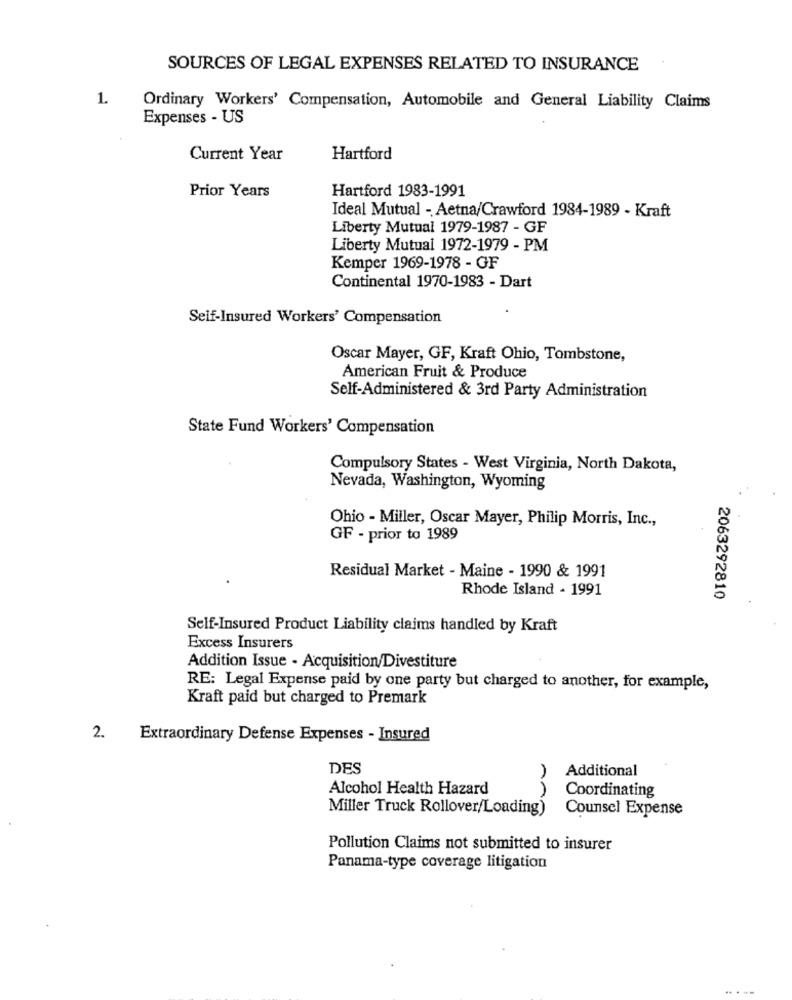
SOURCES OF LEGAL EXPENSES RELATED TO INSURANCE
1.
Ordinary Workers' Compensation, Automobile and General Liability Claims
Expenses - US
Current Year
Hartford
Hartford 1983-1991
Prior Years
Ideal Mutual - Aetna/Crawford 1984-1989 - Kraft
Liberty Mutual 1979-1987 - GF
Liberty Mutual 1972-1979 - PM
Kemper 1969-1978 - GF
Continental 1970-1983 - Dart
Self-Insured Workers' Compensation
Oscar Mayer, GF, Kraft Ohio, Tombstone,
American Fruit & Produce
Self-Administered & 3rd Party Administration
State Fund Workers' Compensation
Compulsory States - West Virginia, North Dakota,
Nevada, Washington, Wyoming
Ohio - Miller, Oscar Mayer, Philip Morris, Inc .,
GF - prior to 1989
Residual Market - Maine - 1990 & 1991
Rhode Island - 1991
2063292810
Self-Insured Product Liability claims handled by Kraft
Excess Insurers
Addition Issue - Acquisition/Divestiture
RE: Legal Expense paid by one party but charged to another, for example,
Kraft paid but charged to Premark
2.
Extraordinary Defense Expenses - Insured
DES
Additional
Alcohol Health Hazard
Coordinating
Miller Truck Rollover/Loading)
Counsel Expense
Pollution Claims not submitted to insurer
Panama-type coverage litigation